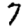
Digit: 7